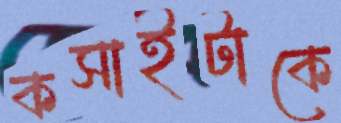
কসাইটাকে